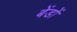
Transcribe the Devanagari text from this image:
बेंडों